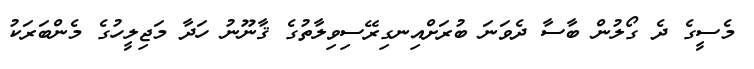
މެސީގެ ދެ ގޯލުން ބާސާ ދެވަނަ ބުރަށްއިނގިރޭސިވިލާތުގެ ޤާނޫނު ހަދާ މަޖިލީހުގެ މެންބަރަކު